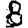
Digit: 8